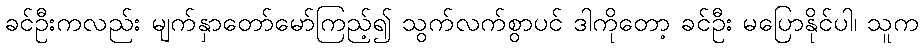
ခင်ဦးကလည်း မျက်နှာတော်မော်ကြည့်၍ သွက်လက်စွာပင် ဒါကိုတော့ ခင်ဦး မပြောနိုင်ပါ၊ သူက